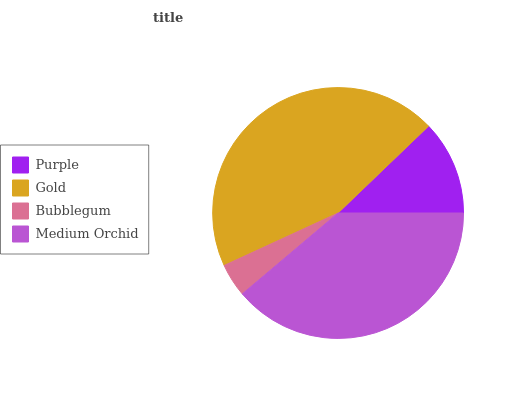
| Purple | Gold | Bubblegum | Medium Orchid |
 | --- | --- | --- | --- |
 | 12.2% | 44.7% | 4.3% | 38.8% |